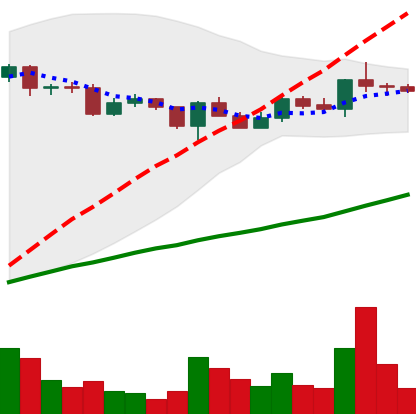
Ticker: XLM-USD
Chart end date: 2020-12-19
Forward return: -12.218%
Label: down_7plus